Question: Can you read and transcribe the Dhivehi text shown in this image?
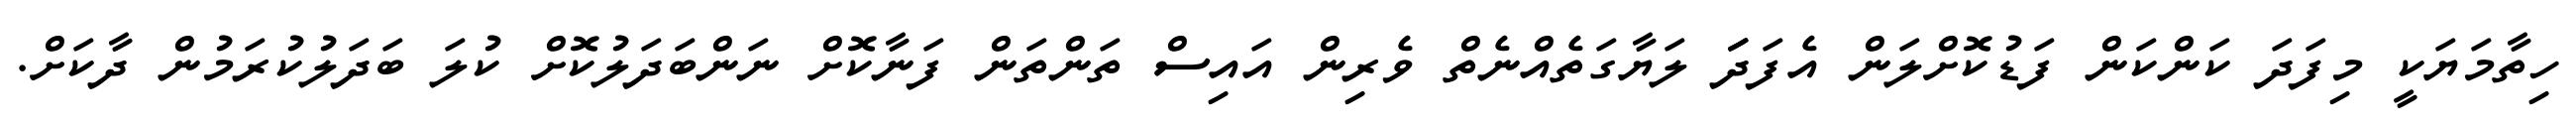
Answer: ހިތާމަޔަކީ މިފަދަ ކަންކަން ފަޑުކޮށްލަން އެފަދަަަ ލަޔާގަތެއްނެތް ވެރިން އައިސް ތަންތަން ފަނާކޮށް ނަންބަދަލުކޮށް ކުލަ ބަދަލުކުރަމުން ދާކަށް.